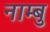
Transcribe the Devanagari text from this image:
नाम्बु